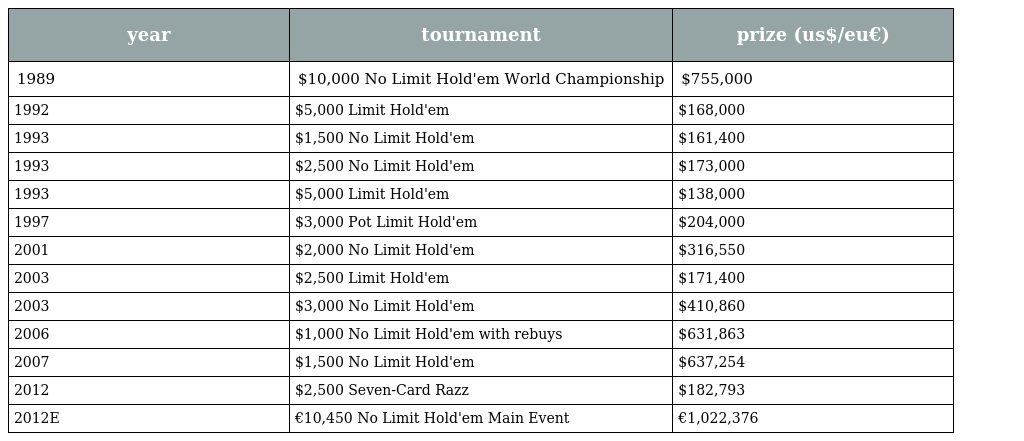
| year | tournament | prize (us$/eu€) |
 | --- | --- | --- |
 | 1989 | $10,000 No Limit Hold'em World Championship | $755,000 |
 | 1992 | $5,000 Limit Hold'em | $168,000 |
 | 1993 | $1,500 No Limit Hold'em | $161,400 |
 | 1993 | $2,500 No Limit Hold'em | $173,000 |
 | 1993 | $5,000 Limit Hold'em | $138,000 |
 | 1997 | $3,000 Pot Limit Hold'em | $204,000 |
 | 2001 | $2,000 No Limit Hold'em | $316,550 |
 | 2003 | $2,500 Limit Hold'em | $171,400 |
 | 2003 | $3,000 No Limit Hold'em | $410,860 |
 | 2006 | $1,000 No Limit Hold'em with rebuys | $631,863 |
 | 2007 | $1,500 No Limit Hold'em | $637,254 |
 | 2012 | $2,500 Seven-Card Razz | $182,793 |
 | 2012E | €10,450 No Limit Hold'em Main Event | €1,022,376 |